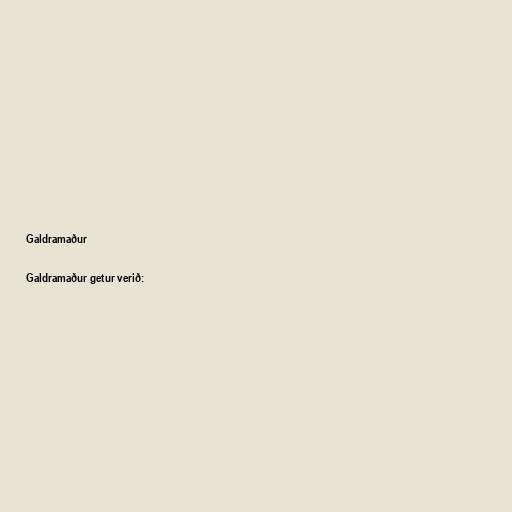
Galdramaður

Galdramaður getur verið: